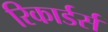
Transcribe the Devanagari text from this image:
रिकार्डर्स